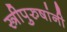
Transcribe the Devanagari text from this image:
स्त्रीपुरुषांनी